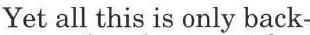
Yet all this is only back